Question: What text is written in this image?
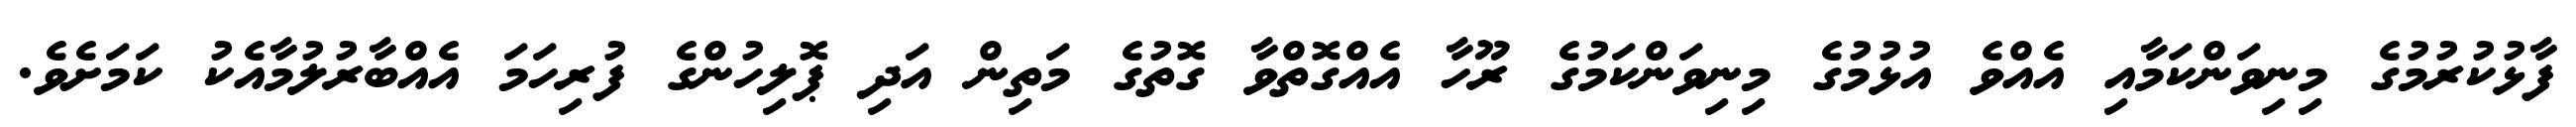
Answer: ފާޅުކުރުމުގެ މިނިވަންކަމާއި އެއްވެ އުޅުމުގެ މިނިވަންކަމުގެ ރޫހާ އެއްގޮތްވާ ގޮތުގެ މަތިން އަދި ޕޮލިހުންގެ ފުރިހަމަ އެއްބާރުލުމާއެކު ކަމަށެވެ.